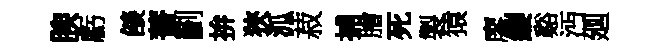
腴虧燄薔劃拚狹泒菽捕膾死製猿廖纓谿沔廽